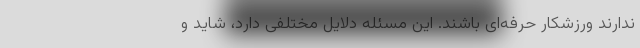
ندارند ورزشکار حرفه‌ای باشند. این مسئله دلایل مختلفی دارد، شاید و